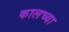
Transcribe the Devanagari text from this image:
कालच्या